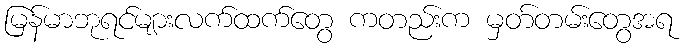
မြန်မာဘုရင်များလက်ထက်တွေ ကတည်းက မှတ်တမ်းတွေအရ